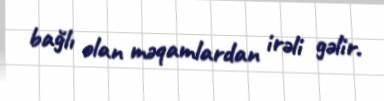
bağlı olan məqamlardan irəli gəlir.